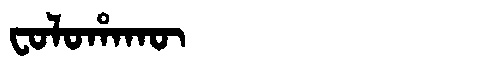
Manchu: ᠸᠣᠯᠣᡥᠠᡴᡡ
Romanization: FOLOHAKŪ